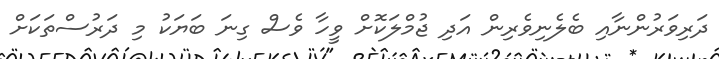
ދަރިވަރުންނާއި ބެލެނިވެރިން އަދި ޖުމްލަކޮށް ވީހާ ވެސް ގިނަ ބަޔަކު މި ދަރުސްތަކަށް